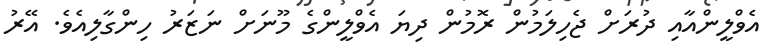
އެވްލީންއާއި ދުރަށް ޖެހިލަމުން ރޮމުން ދިޔަ އެވްލީންގެ މޫނަށް ނަޒަރު ހިންގާލިއެވެ. އޭރު